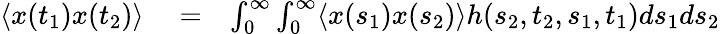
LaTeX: \begin{array}{rlr}{\langle x(t_{1})x(t_{2})\rangle}&{{}=}&{\int_{0}^{\infty}\int_{0}^{\infty}\langle x(s_{1})x(s_{2})\rangle h(s_{2},t_{2},s_{1},t_{1})ds_{1}ds_{2}}\end{array}